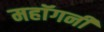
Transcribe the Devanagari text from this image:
महाॅगनी